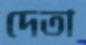
দেতা